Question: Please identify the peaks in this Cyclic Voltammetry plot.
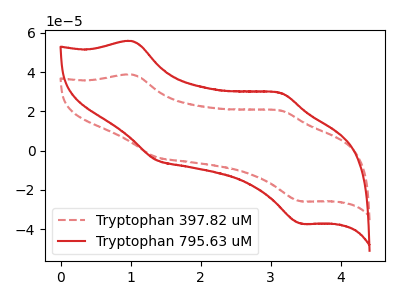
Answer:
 <answer>The red dashed curve "Tryptophan 397.82 uM" has anodic peaks at (1.05V, 38.65uA) (3.15V, 20.45uA) and cathodic peaks at (1.35V, -3.25uA) (3.45V, -25.85uA). The red curve "Tryptophan 795.63 uM" has anodic peaks at (1.05V, 55.65uA) (3.15V, 29.45uA) and cathodic peaks at (1.35V, -4.65uA) (3.45V, -37.20uA).</answer>
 <eval></eval>